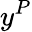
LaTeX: y^{P}